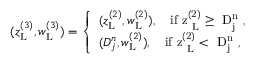
\begin{array} { r } { ( z _ { \mathrm { L } } ^ { ( 3 ) } , w _ { \mathrm { L } } ^ { ( 3 ) } ) = \left\{ \begin{array} { l l } { ( z _ { \mathrm { L } } ^ { ( 2 ) } , w _ { \mathrm { L } } ^ { ( 2 ) } ) , \quad \mathrm { i f ~ z ^ { ( 2 ) } _ \mathrm { ~ L } \geq ~ D ^ n _ j ~ } , } \\ { ( D _ { j } ^ { n } , w _ { \mathrm { L } } ^ { ( 2 ) } ) , \quad \mathrm { i f ~ z ^ { ( 2 ) } _ \mathrm { ~ L } < ~ D ^ n _ j ~ } , } \end{array} \right. } \end{array}